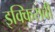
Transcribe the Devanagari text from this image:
इक्किसवीं